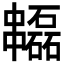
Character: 𠁻